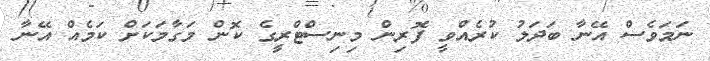
ނަމަވެސް އޭނާ ބަދަލު ކުރެއްވީ ފޮރިން މިނިސްޓްރީގެ ކޮން މަގާމަކަށް ކަމެއް އޭނާ